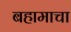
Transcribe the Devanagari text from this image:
बहामाचा